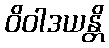
ဝိဝါဒယန္တိ